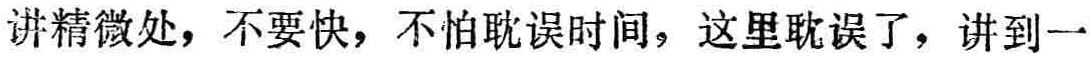
讲精微处，不要快，不怕耽误时间，这里耽误了，讲到一